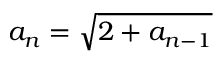
a _ { n } = { \sqrt { 2 + a _ { n - 1 } } }